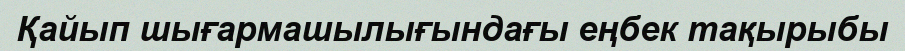
Қайып шығармашылығындағы еңбек тақырыбы